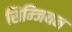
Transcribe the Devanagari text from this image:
सिम्जियन